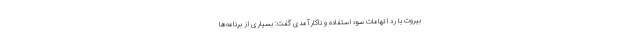
بیروت با رد اتهامات سوء استفاده و ناکارآمدی گفت: بسیاری از برنامه‌ها